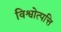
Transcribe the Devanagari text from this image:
विश्वोत्पत्ति